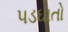
પડઘાતો